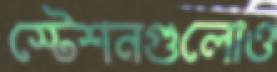
স্টেশনগুলোও